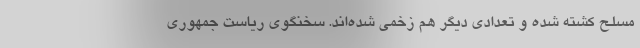
مسلح کشته شده و تعدادی دیگر هم زخمی شده‌اند. سخنگوی ریاست جمهوری